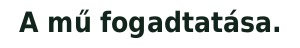
A mű fogadtatása.